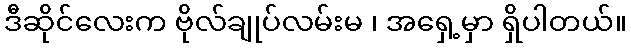
ဒီဆိုင်လေးက ဗိုလ်ချုပ်လမ်းမ ၊ အရှေ့မှာ ရှိပါတယ်။